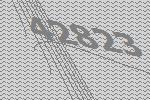
42823